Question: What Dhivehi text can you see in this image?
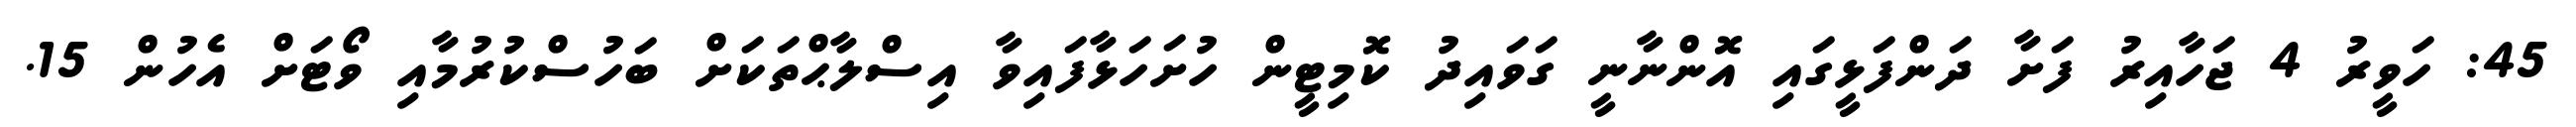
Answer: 45: ހަވީރު 4 ޖަހާއިރު ފަށާ ދަންފަޅީގައި އޮންނާނީ ގަވައިދު ކޮމިޓީން ހުށަހަޅާފައިވާ އިސްލާޙްތަކަށް ބަހުސްކުރުމާއި ވޯޓަށް އެހުން 15.